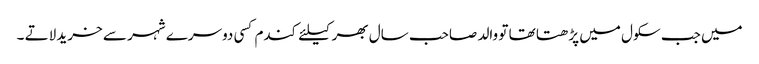
میں جب سکول میں پڑھتا تھا تو والد صاحب سال بھر کیلئے کندم کسی دوسرے شہر سے خرید لاتے ۔